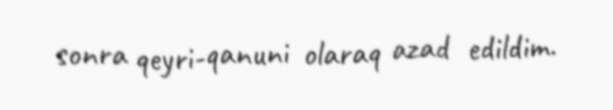
sonra qeyri-qanuni olaraq azad edildim.